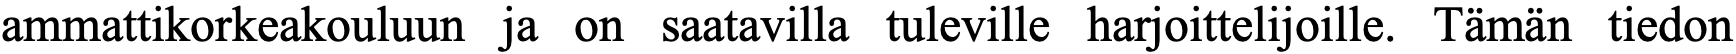
ammattikorkeakouluun ja on saatavilla tuleville harjoittelijoille. Tämän tiedon